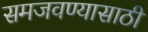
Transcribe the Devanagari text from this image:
समजवण्यासाठी